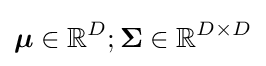
{\boldsymbol {\mu }}\in \mathbb {R} ^{D};{\boldsymbol {\Sigma }}\in \mathbb {R} ^{D\times D}